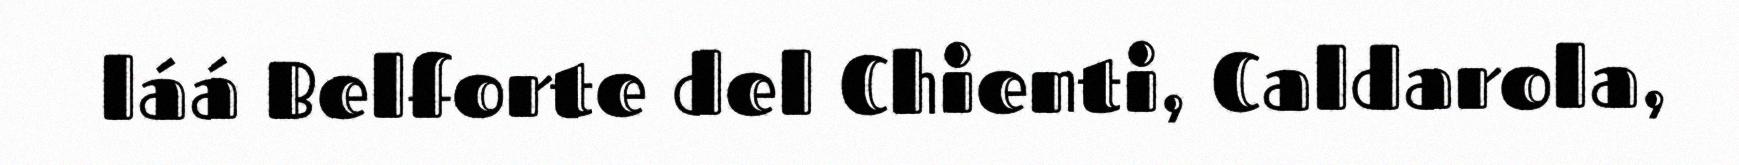
láá Belforte del Chienti, Caldarola,